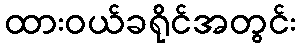
ထားဝယ်ခရိုင်အတွင်း